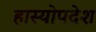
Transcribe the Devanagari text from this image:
हास्योपदेश